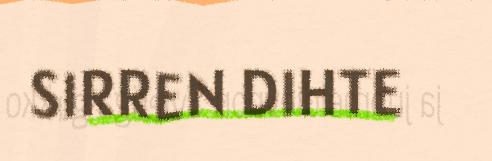
SIRREN DIHTE